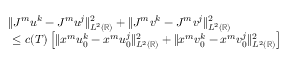
\begin{array} { r l } & { \| J ^ { m } u ^ { k } - J ^ { m } u ^ { j } \| _ { L ^ { 2 } ( \mathbb { R } ) } ^ { 2 } + \| J ^ { m } v ^ { k } - J ^ { m } v ^ { j } \| _ { L ^ { 2 } ( \mathbb { R } ) } ^ { 2 } } \\ & { \ \leq c ( T ) \left[ \| x ^ { m } u _ { 0 } ^ { k } - x ^ { m } u _ { 0 } ^ { j } \| _ { L ^ { 2 } ( \mathbb { R } ) } ^ { 2 } + \| x ^ { m } v _ { 0 } ^ { k } - x ^ { m } v _ { 0 } ^ { j } \| _ { L ^ { 2 } ( \mathbb { R } ) } ^ { 2 } \right] } \end{array}